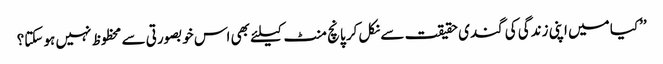
’’کیا میں اپنی زندگی کی گندی حقیقت سے نکل کر پانچ منٹ کیلئے بھی اس خوبصورتی سے محظوظ نہیں ہو سکتا؟